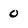
Character: 0